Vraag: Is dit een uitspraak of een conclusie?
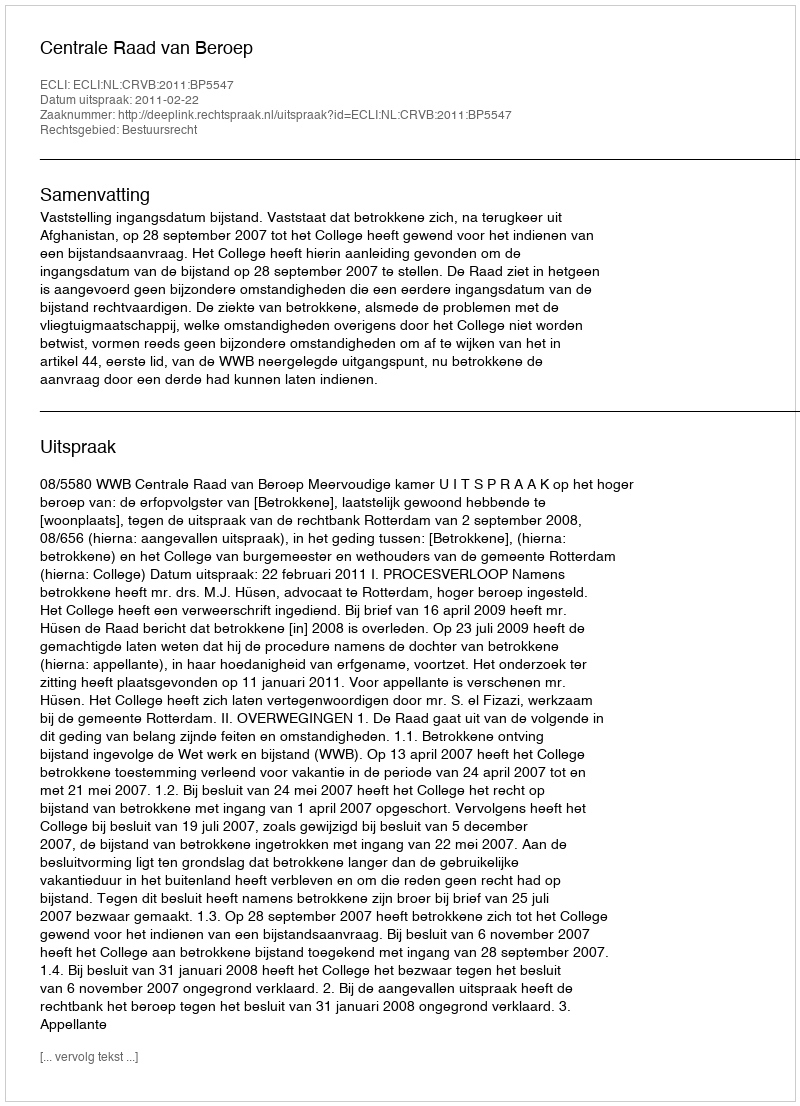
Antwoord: Uitspraak